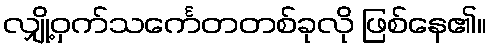
လျှို့ဝှက်သင်္ကေတတစ်ခုလို ဖြစ်နေ၏။